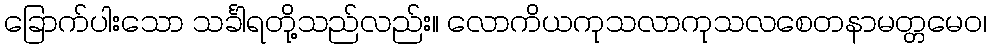
ခြောက်ပါးသော သင်္ခါရတို့သည်လည်း။ လောကိယကုသလာကုသလစေတနာမတ္တမေဝ၊